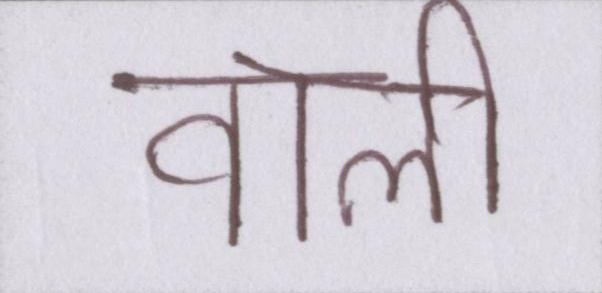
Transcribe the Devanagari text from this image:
वाली